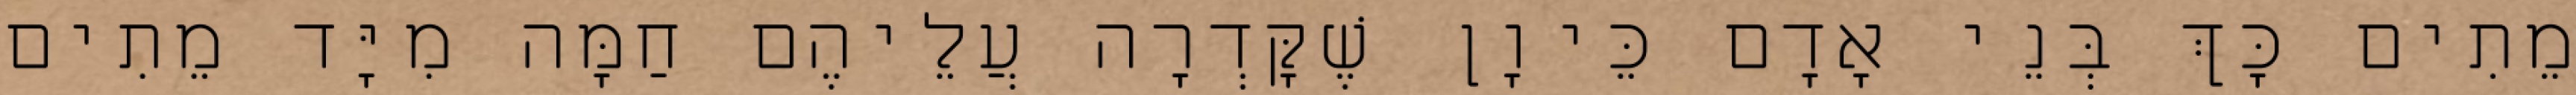
מֵתִים כָּךְ בְּנֵי אָדָם כֵּיוָן שֶׁקָּדְרָה עֲלֵיהֶם חַמָּה מִיָּד מֵתִים